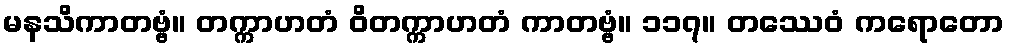
မနသိကာတဗ္ဗံ။ တက္ကာဟတံ ဝိတက္ကာဟတံ ကာတဗ္ဗံ။ ၁၁၇။ တဿေဝံ ကရောတော